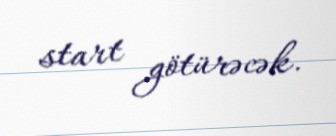
start götürəcək.